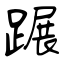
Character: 蹍